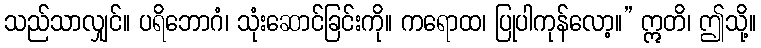
သည်သာလျှင်။ ပရိဘောဂံ၊ သုံးဆောင်ခြင်းကို။ ကရောထ၊ ပြုပါကုန်လော့။” ဣတိ၊ ဤသို့။